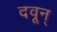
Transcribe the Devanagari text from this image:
दवून्